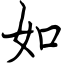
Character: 如